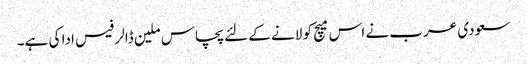
سعودی عرب نے اس میچ کو لانے کے لئے پچاس ملین ڈالر فیس ادا کی ہے۔